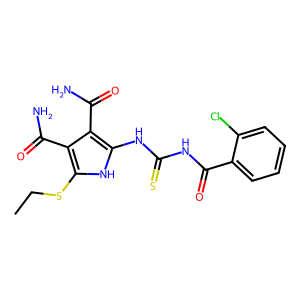
SMILES: CCSc1[nH]c(NC(=S)NC(=O)c2ccccc2Cl)c(C(N)=O)c1C(N)=O
Inhibits HIV replication: No